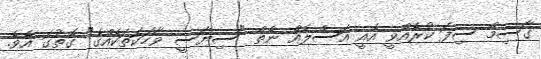
ގާސިމް ސިފަ ކުރެއްވީ އެއީ އަސްލެއް ނެތް "ސިޔާސީ ވާހަކަތަކެއްގެ" ގޮތުގަ އެވެ.